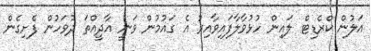
އަލުން ކްރެޑިޓް ލައިން ހުޅުވާލާފައިވާއިރު އެ ގައުމުން ވަނީ އާދީއްތަ ދުވަހުން ފެށިގެން